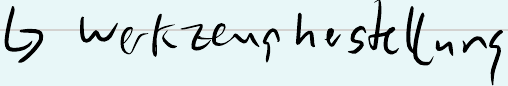
-> werkzeugherstellung